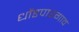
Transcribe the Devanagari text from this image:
धोंडपारगाव